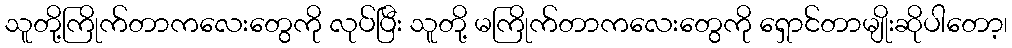
သူတို့ကြိုက်တာကလေးတွေကို လုပ်ပြီး သူတို့ မကြိုက်တာကလေးတွေကို ရှောင်တာမျိုးဆိုပါတော့၊